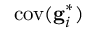
\mathrm { c o v } ( \mathbf { g } _ { i } ^ { * } )